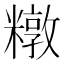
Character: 𰫑